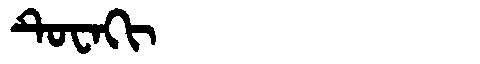
Manchu: ᡨᡠᠸᠠᡴᡳ
Romanization: TUWAKI